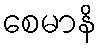
စေမာနိ